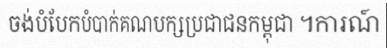
ចង់បំបែកបំបាក់គណបក្សប្រជាជនកម្ពុជា ។ការណ៍